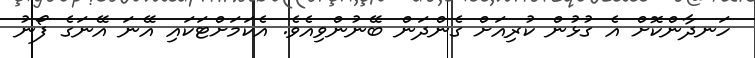
ހަނދާންކޮށް އެ ގުޅުން ކުރިއަށް ގެންދަން ބޭނުންވިއެވެ. އެކަމަށްޓަކައި އޭނަ އޭނަގެ ފޯނު